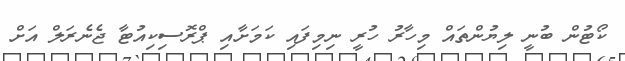
ކޯޓުން ބުނީ ލިޔުންތައް މިހާރު ހުރީ ނިމިފައި ކަމަށާއި ޕްރޮސިކިއުޓާ ޖެނެރަލް އަށް